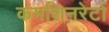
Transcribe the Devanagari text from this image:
कमशिनरेटों